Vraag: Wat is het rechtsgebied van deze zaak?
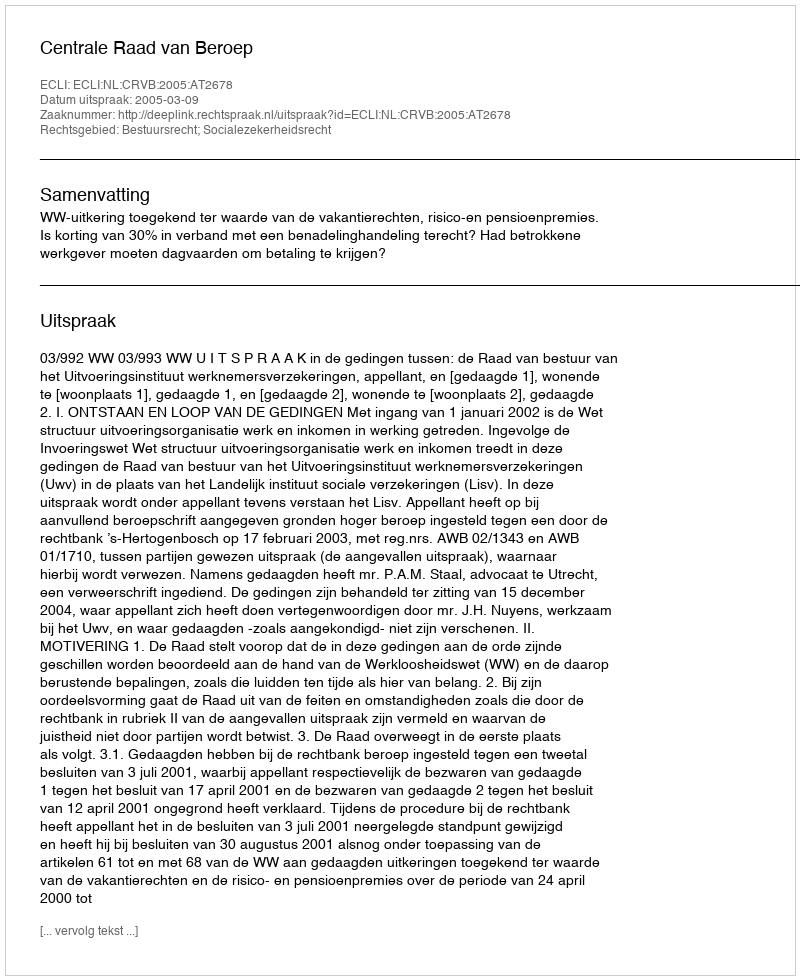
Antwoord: Bestuursrecht; Socialezekerheidsrecht